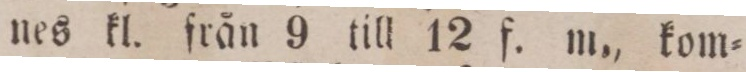
nes kl. från 9 till 12 f. m., kom-